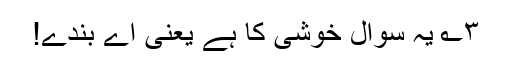
۳؎ یہ سوال خوشی کا ہے یعنی اے بندے!